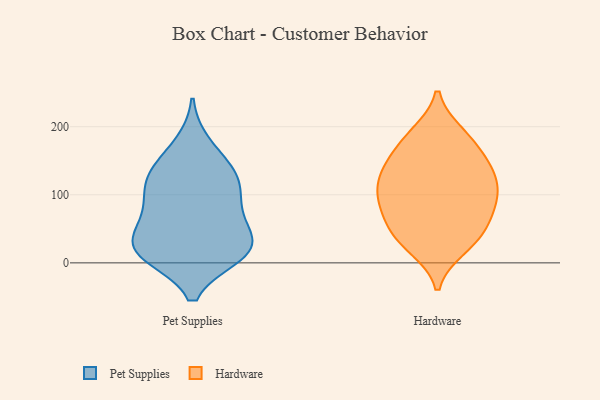
{"axis": {"x": "Active Users", "y": "Value"}, "legend": ["Hardware", "Pet Supplies"], "data": [{"x": "", "y": 21, "type": "Pet Supplies"}, {"x": "", "y": 68, "type": "Pet Supplies"}, {"x": "", "y": 100, "type": "Pet Supplies"}, {"x": "", "y": 138, "type": "Pet Supplies"}, {"x": "", "y": 52, "type": "Pet Supplies"}, {"x": "", "y": 12, "type": "Pet Supplies"}, {"x": "", "y": 19, "type": "Pet Supplies"}, {"x": "", "y": 174, "type": "Pet Supplies"}, {"x": "", "y": 112, "type": "Pet Supplies"}, {"x": "", "y": 137, "type": "Pet Supplies"}, {"x": "", "y": 78, "type": "Pet Supplies"}, {"x": "", "y": 16, "type": "Pet Supplies"}, {"x": "", "y": 29, "type": "Pet Supplies"}, {"x": "", "y": 122, "type": "Pet Supplies"}, {"x": "", "y": 15, "type": "Pet Supplies"}, {"x": "", "y": 22, "type": "Hardware"}, {"x": "", "y": 185, "type": "Hardware"}, {"x": "", "y": 108, "type": "Hardware"}, {"x": "", "y": 149, "type": "Hardware"}, {"x": "", "y": 82, "type": "Hardware"}, {"x": "", "y": 25, "type": "Hardware"}, {"x": "", "y": 38, "type": "Hardware"}, {"x": "", "y": 57, "type": "Hardware"}, {"x": "", "y": 103, "type": "Hardware"}, {"x": "", "y": 148, "type": "Hardware"}, {"x": "", "y": 143, "type": "Hardware"}, {"x": "", "y": 140, "type": "Hardware"}, {"x": "", "y": 90, "type": "Hardware"}, {"x": "", "y": 190, "type": "Hardware"}, {"x": "", "y": 118, "type": "Hardware"}, {"x": "", "y": 115, "type": "Hardware"}, {"x": "", "y": 183, "type": "Hardware"}, {"x": "", "y": 44, "type": "Hardware"}, {"x": "", "y": 86, "type": "Hardware"}, {"x": "", "y": 62, "type": "Hardware"}]}